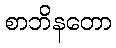
စာဘိနတော